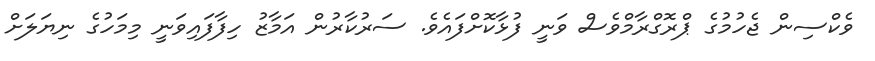
ވެކްސިން ޖެހުމުގެ ޕްރޮގްރާމްވެސް ވަނީ ފުޅާކޮށްފައެވެ. ސަރުކާރުން އަމާޒު ހިފާފައިވަނީ މިމަހުގެ ނިޔަލަށް